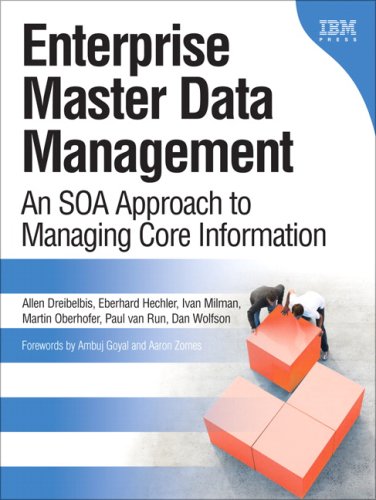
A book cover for Enterprise Master Data Management: An SOA Approach to Managing Core Information; Allen Dreibelbis; Computers & Technology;